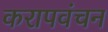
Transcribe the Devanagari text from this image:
करापवंचन